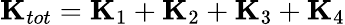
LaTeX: \mathbf{{K}}_{tot}=\mathbf{{K}}_{1}+\mathbf{{K}}_{2}+\mathbf{{K}}_{3}+\mathbf{{K}}_{4}